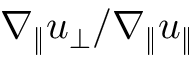
\nabla _ { \| } u _ { \perp } / \nabla _ { \| } u _ { \| }